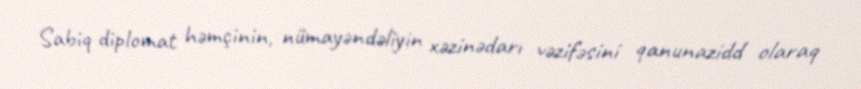
Sabiq diplomat həmçinin, nümayəndəliyin xəzinədarı vəzifəsini qanunazidd olaraq